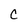
Character: C